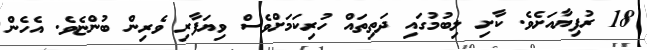
18 ރުފިޔާއަށެވެ. ކާށި ލިބުމުގައި ދަތިތައް ހުރިކަމަށްވެސް ވިޔަފާރި ވެރިން ބުންޏެވެ. އެހެން